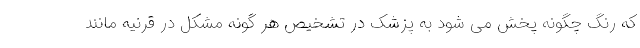
که رنگ چگونه پخش می شود به پزشک در تشخیص هر گونه مشکل در قرنیه مانند